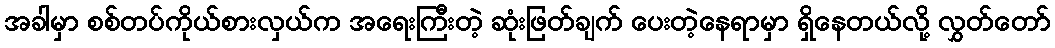
အခါမှာ စစ်တပ်ကိုယ်စားလှယ်က အရေးကြီးတဲ့ ဆုံးဖြတ်ချက် ပေးတဲ့နေရာမှာ ရှိနေတယ်လို့ လွှတ်တော်